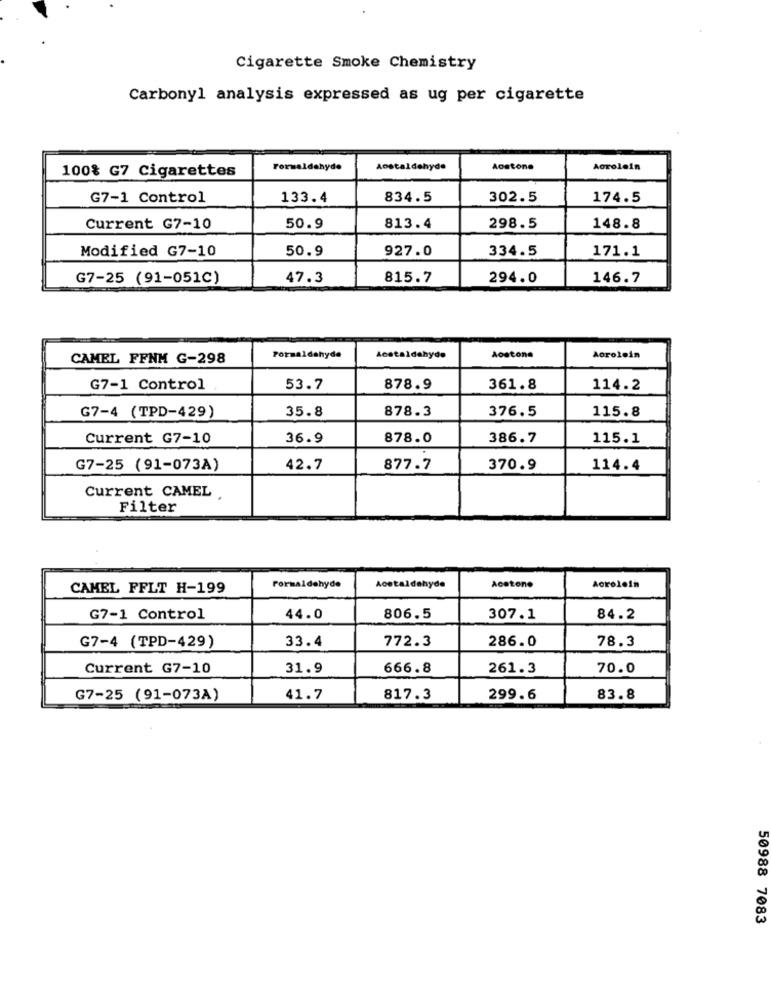
Cigarette Smoke Chemistry
Carbonyl analysis expressed as ug per cigarette
100% G7 Cigarettes
Formaldehyde
Aostaldehyde
Aostone
Aorolein
G7-1 Control
133.4
834.5
302.5
174.5
Current G7-10
50.9
813.4
298.5
148.8
Modified G7-10
50.9
927.0
334.5
171.1
G7-25 (91-051C)
47.3
815.7
294.0
146.7
CAMEL FFNH G-298
Formaldehyde
Acetaldehyde
Aostone
Aorolein
G7-1 Control
53.7
878.9
361.8
114.2
35.8
878.3
376.5
115.8
G7-4 (TPD-429)
Current G7-10
36.9
878.0
386.7
115.1
G7-25 (91-073A)
42.7
877.7
370.9
114.4
Current CAMEL
Filter
CAMEL FFLT H-199
Formaldehyde
Acetaldehyde
Acetone
Acroloin
G7-1 Control
44.0
806.5
307.1
84.2
33.4
772.3
286.0
78.3
G7-4 (TPD-429)
Current G7-10
31.9
666.8
261.3
70.0
G7-25 (91-073A)
41.7
817.3
299.6
83.8
50988 7083